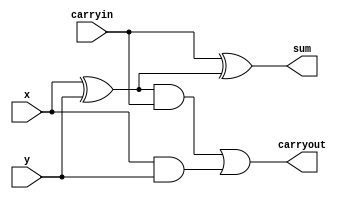
module onebit_full_adder(sum, carryout, x, y, carryin);
	input carryin, x, y;
	output carryout, sum;
		
	assign sum = carryin^(x^y);
	assign carryout = ((x^y)&carryin) | (x&y);	
	
endmodule